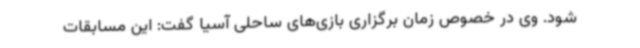
شود. وی در خصوص زمان برگزاری بازی‌های ساحلی آسیا گفت: این مسابقات